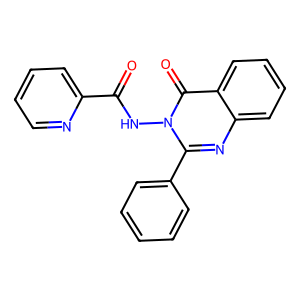
SMILES: O=C(Nn1c(-c2ccccc2)nc2ccccc2c1=O)c1ccccn1
Inhibits HIV replication: No